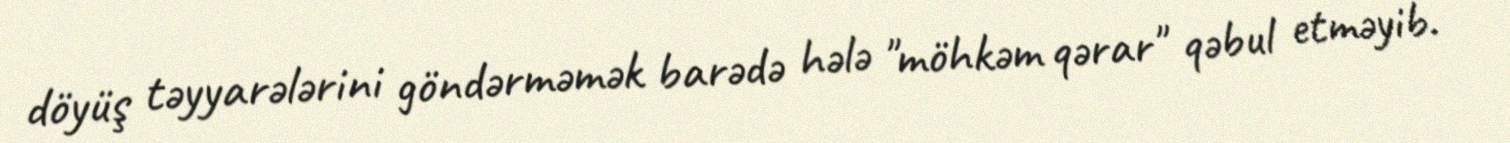
döyüş təyyarələrini göndərməmək barədə hələ "möhkəm qərar" qəbul etməyib.